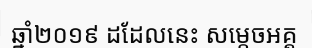
ឆ្នាំ២០១៩ ដដែលនេះ សម្តេចអគ្គ